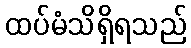
ထပ်မံသိရှိရသည်